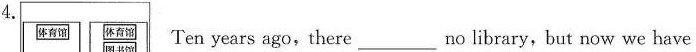
4. Ten years ago,there___no library,but now we have